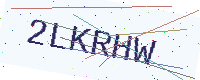
Text: 2LKRHW